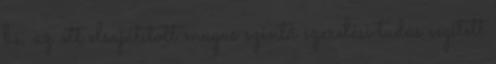
be, az ott elsajátított magas szintû szerelési tudás segített